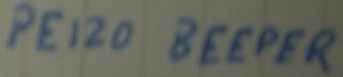
Text: PEIZO BEEPER